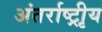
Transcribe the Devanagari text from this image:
अंतर्राष्ट्रीृय